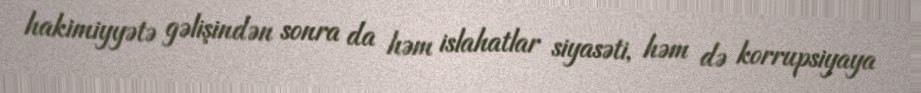
hakimiyyətə gəlişindən sonra da həm islahatlar siyasəti, həm də korrupsiyaya